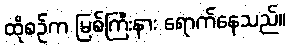
ထိုစဉ်က မြစ်ကြီးနား ရောက်နေသည်။